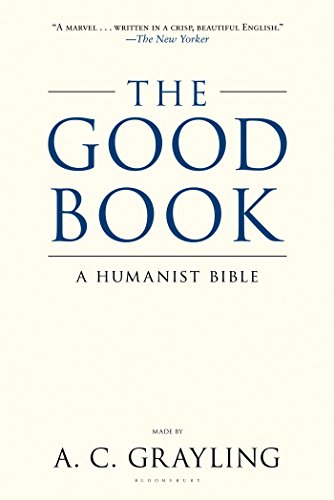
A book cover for The Good Book: A Humanist Bible; A. C. Grayling; Christian Books & Bibles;